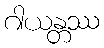
ဂါယန္တဿ